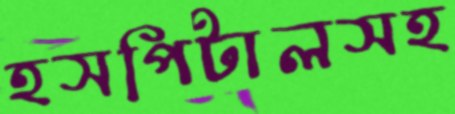
হসপিটালসহ